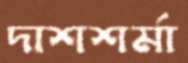
দাশশর্মা